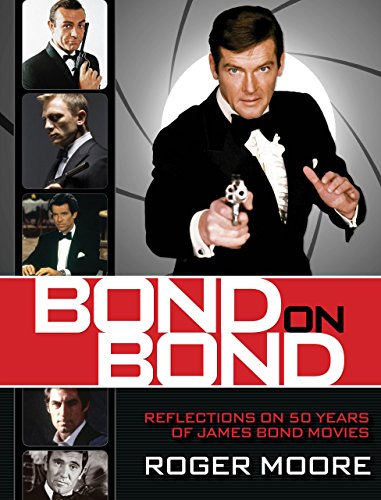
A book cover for Bond On Bond: Reflections On 50 Years Of James Bond Movies; Roger Sir Moore; Humor & Entertainment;